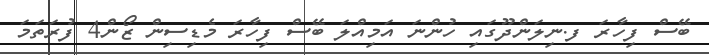
ބޭސް ފިހާރަ ފ.ނިލަންދޫގައި ހުންނަ އަމިއްލަ ބޭސް ފިހާރަ މެޑިސިން ޒޯން4 ފުރަތަމަ